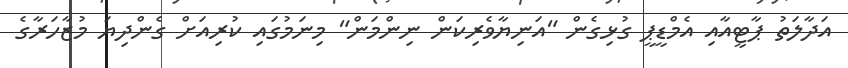
އަދާލަތު ޕާޓީއާއި އެމްޑީޕީ ގުޅިގެން "އަނިޔާވެރިކަން ނިންމަން" މިނަމުގައި ކުރިއަށް ގެންދިޔަ މުޒާހަރާގެ